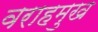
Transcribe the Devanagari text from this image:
वराहमुख